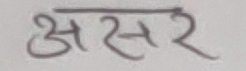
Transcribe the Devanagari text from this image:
असर